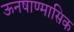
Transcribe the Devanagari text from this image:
ऊनषाण्मासिक